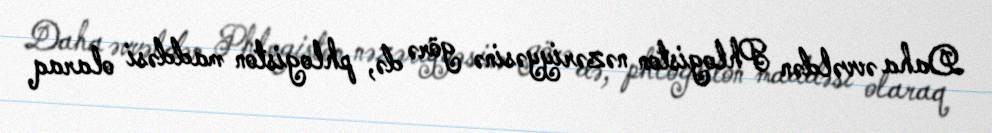
Daha əvvəldən Phlogiston nəzəriyyəsinə görə də, phlogiston maddəsi olaraq